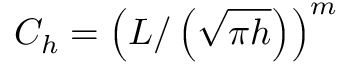
C _ { h } = \left( L / \left( \sqrt { \pi h } \right) \right) ^ { m }